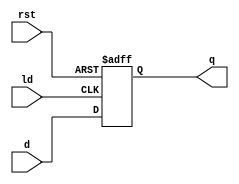
`timescale 1ns / 1ps
module register_16(
		output reg[15:0] q,
		input[15:0] d,
		input ld, rst);
	//reg[15:0] q;
	always @ (posedge ld or negedge rst)
	begin
		if(rst == 0)
			q <= 0;
		else
			q <= d;
	end

endmodule

module tb_register_16;
	reg [15:0] d;
	reg ld, rst;
	wire[15:0] q;
	
	register_16 m(q, d, ld, rst);
	
	initial
	begin
		rst=0; d=5;
		#10 ld=1;
		#10 rst=1;
		#10 ld=0;
		#10 ld=1;
		#10 d=3101;
		#10 ld=0;
		#10 ld=1;
		#10 ld=0; rst=0;
	end
endmodule